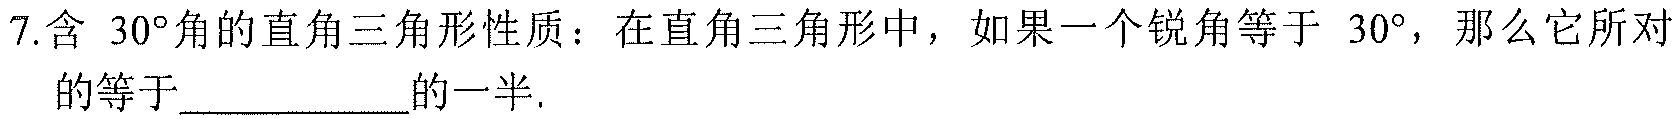
7.含 \(30^{\circ}\)角的直角三角形性质：在直角三角形中，如果一个锐角等于 \(30^{\circ}\)，那么它所对
的等于___________的一半.